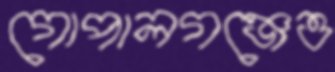
গোপালগঞ্জেও